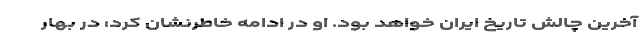
آخرین چالش تاریخ ایران خواهد بود. او در ادامه خاطرنشان کرد: در بهار